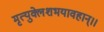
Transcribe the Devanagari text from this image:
मृत्युक्लेशभयावहान्।।